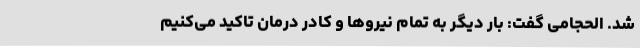
شد. الحجامی گفت: بار دیگر به تمام نیروها و کادر درمان تاکید می‌کنیم